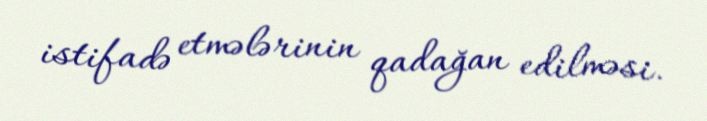
istifadə etmələrinin qadağan edilməsi.